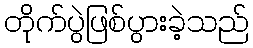
တိုက်ပွဲဖြစ်ပွားခဲ့သည်